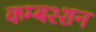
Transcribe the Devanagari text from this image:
कम्बश्शन